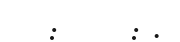
:     : .